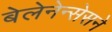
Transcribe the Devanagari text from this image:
बेलेनेन्सेसने